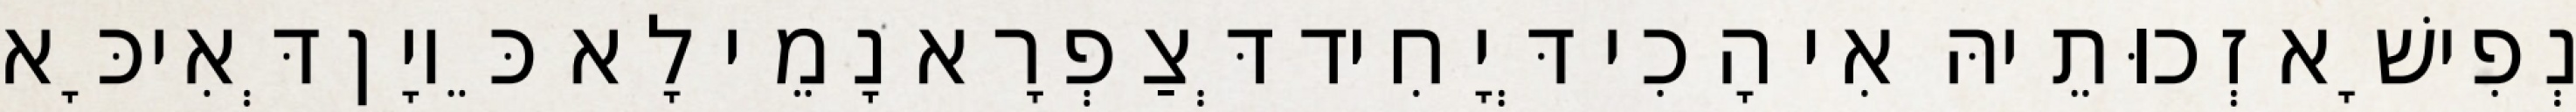
נְפִישָׁא זְכוּתֵיהּ אִי הָכִי דְּיָחִיד דְּצַפְרָא נָמֵי לָא כֵּיוָן דְּאִיכָּא